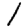
Digit: 1